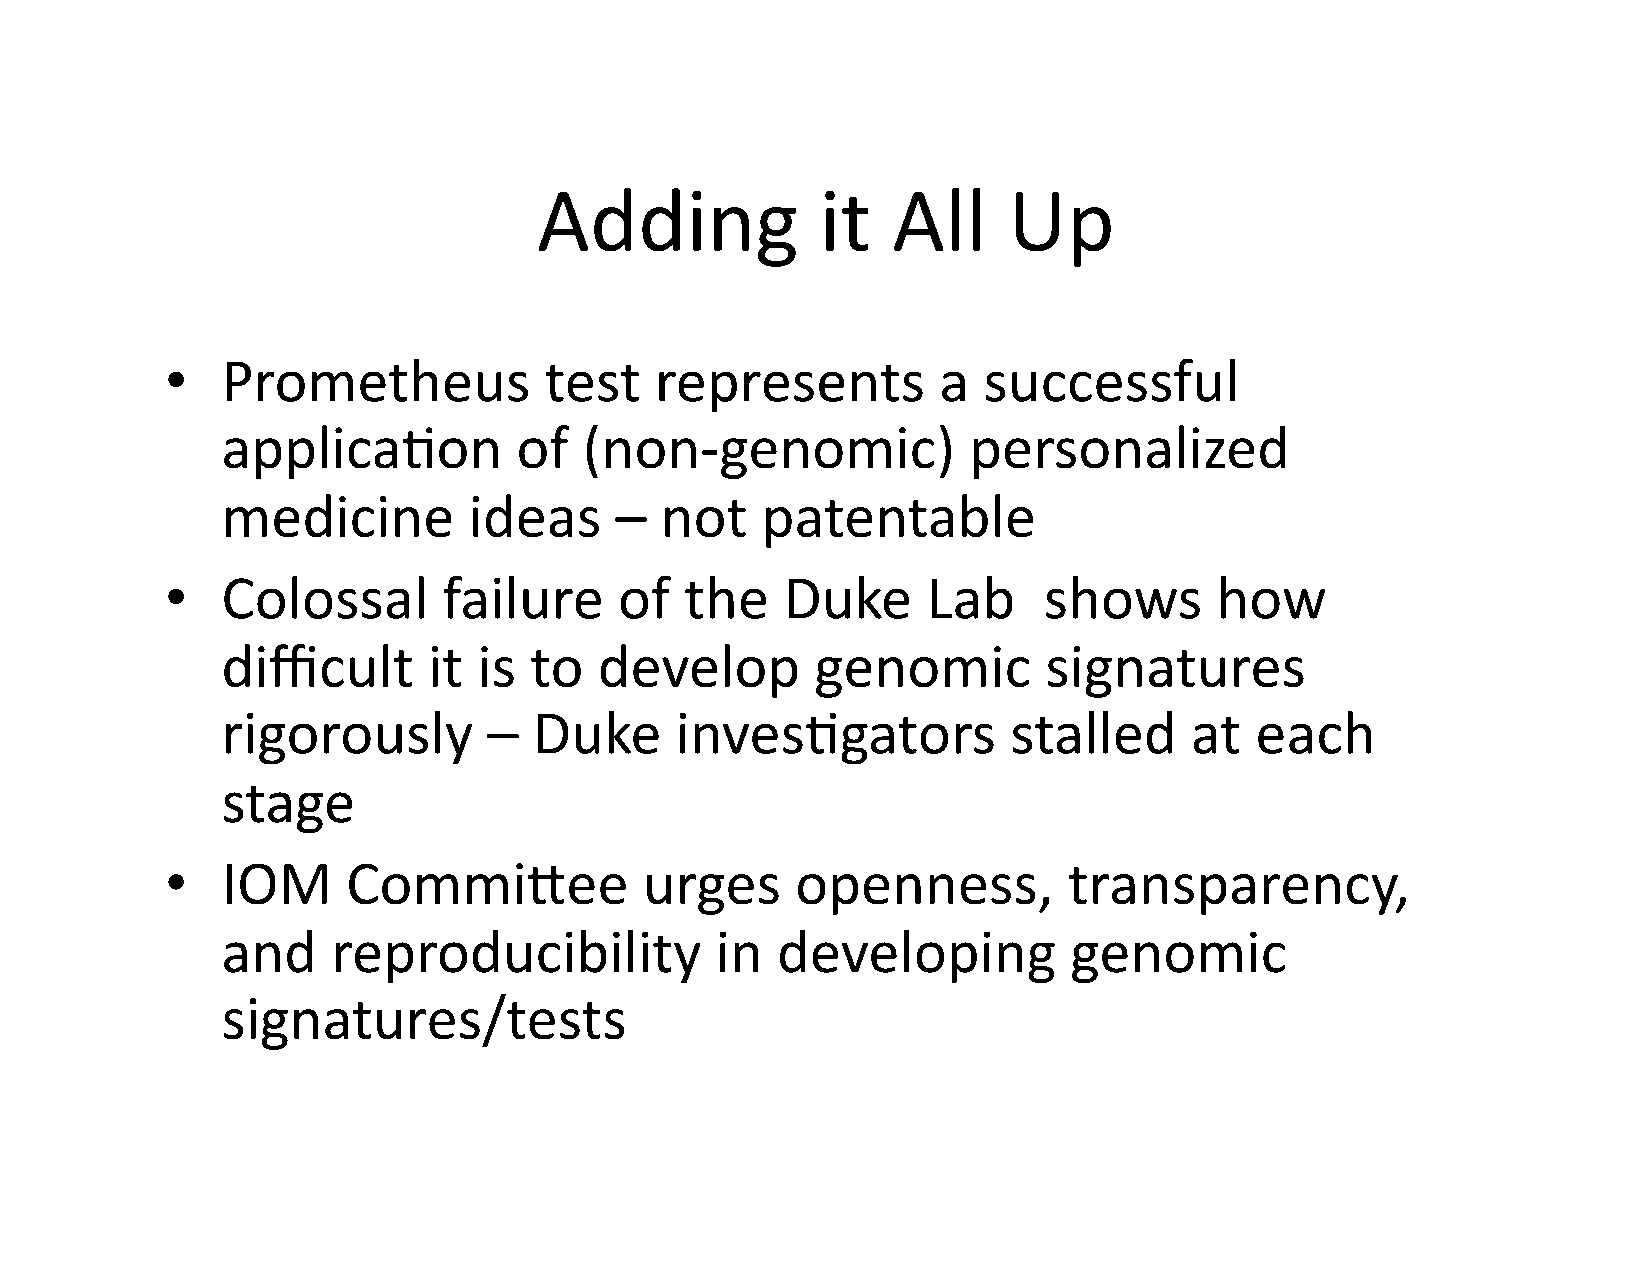
Adding            it   All     Up
 •   Prometheus           test   represents         a  successful
 applica$on         of   (non-­‐genomic)          personalized
 medicine        ideas     –  not   patentable
 •   Colossal      failure     of  the    Duke     Lab     shows      how
 difficult    it  is to   develop       genomic        signatures
 rigorously       –  Duke      inves$gators          stalled     at  each
 stage
 •   IOM     CommiKee            urges     openness,         transparency,
 and    reproducibility          in  developing          genomic
 signatures/tests